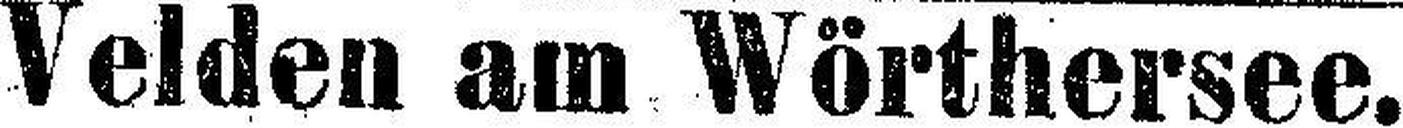
Velden am Wörthersee.